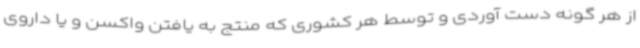
از هر گونه دست آوردی و توسط هر کشوری که منتج به یافتن واکسن و یا داروی